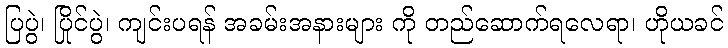
ပြပွဲ၊ ပြိုင်ပွဲ၊ ကျင်းပရန် အခမ်းအနားများ ကို တည်ဆောက်ရလေရာ၊ ဟိုယခင်